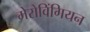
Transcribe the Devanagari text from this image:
मेरोविंगियन